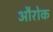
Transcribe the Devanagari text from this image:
औरोक